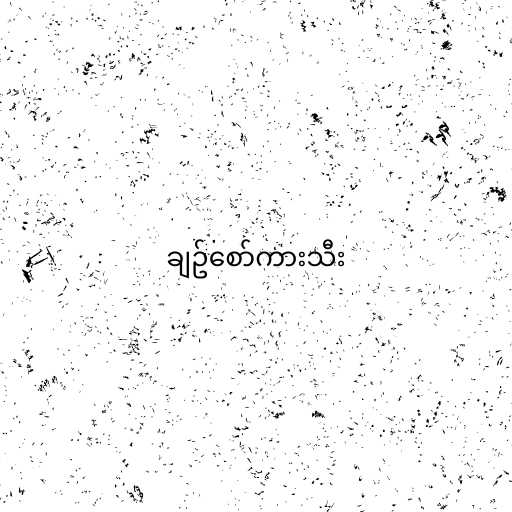
ချဥ်စော်ကားသီး